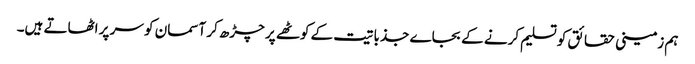
ہم زمینی حقائق کو تسلیم کرنے کے بجاے جذباتیت کے کوٹھے پر چڑھ کر آسمان کو سر پر اٹھاتے ہیں۔